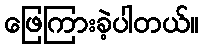
ဖြေကြားခဲ့ပါတယ်။